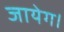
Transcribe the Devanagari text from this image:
जायेग।